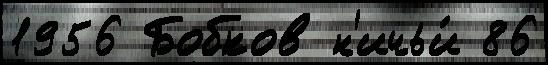
1956 Бобков н'ичьи́ 86